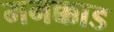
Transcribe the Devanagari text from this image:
मनक्काड